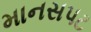
માનસપટ